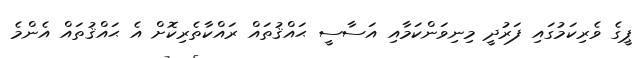
ޕީގެ ވެރިކަމުގައި ފަރުދީ މިނިވަންކަމާއި އަސާސީ ޙައްޤުތައް ރައްކާތެރިކޮށް އެ ޙައްޤުތައް އެންމެ